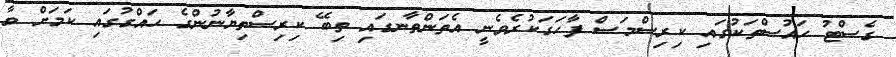
ގެސްޓު ހައުސްތަކުގައި ކިރިސްމަސް ފާހަގަކުރެވެނީ އެތަންތާނގައި ތިބޭ ކިރިސްތިޔާނުންގެ ހައްގުގައި ކަމަށް ވާ